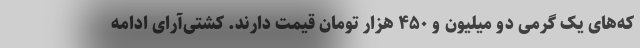
که‌های یک گرمی دو میلیون و ۴۵۰ هزار تومان قیمت دارند. کشتی‌آرای ادامه